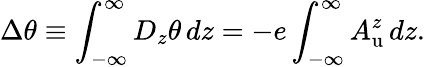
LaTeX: \Delta\theta\equiv\int_{-\infty}^{\infty}D_{z}\theta\, dz=-e\int_{-\infty}^{\infty}A_{\mathrm{u}}^{z}\, dz.